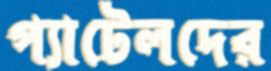
প্যাটেলদের